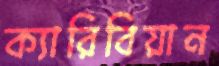
ক্যারিবিয়ান